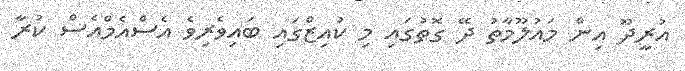
އުރީދޫ އިން މައުލޫމާތު ދޭ ގޮތުގައި މި ކުއިޒްގައި ބައިވެރިވެ އެސްއެމްއެސް ކުރާ